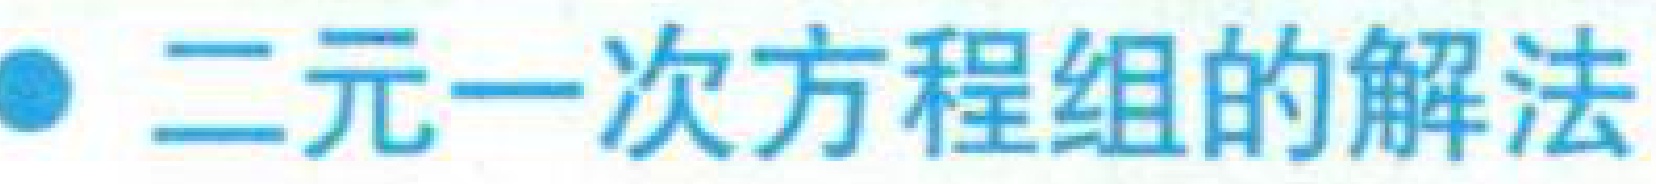
$\bullet$ 二元一次方程组的解法